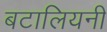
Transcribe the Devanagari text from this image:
बटालियनी